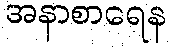
အနာစာရေန